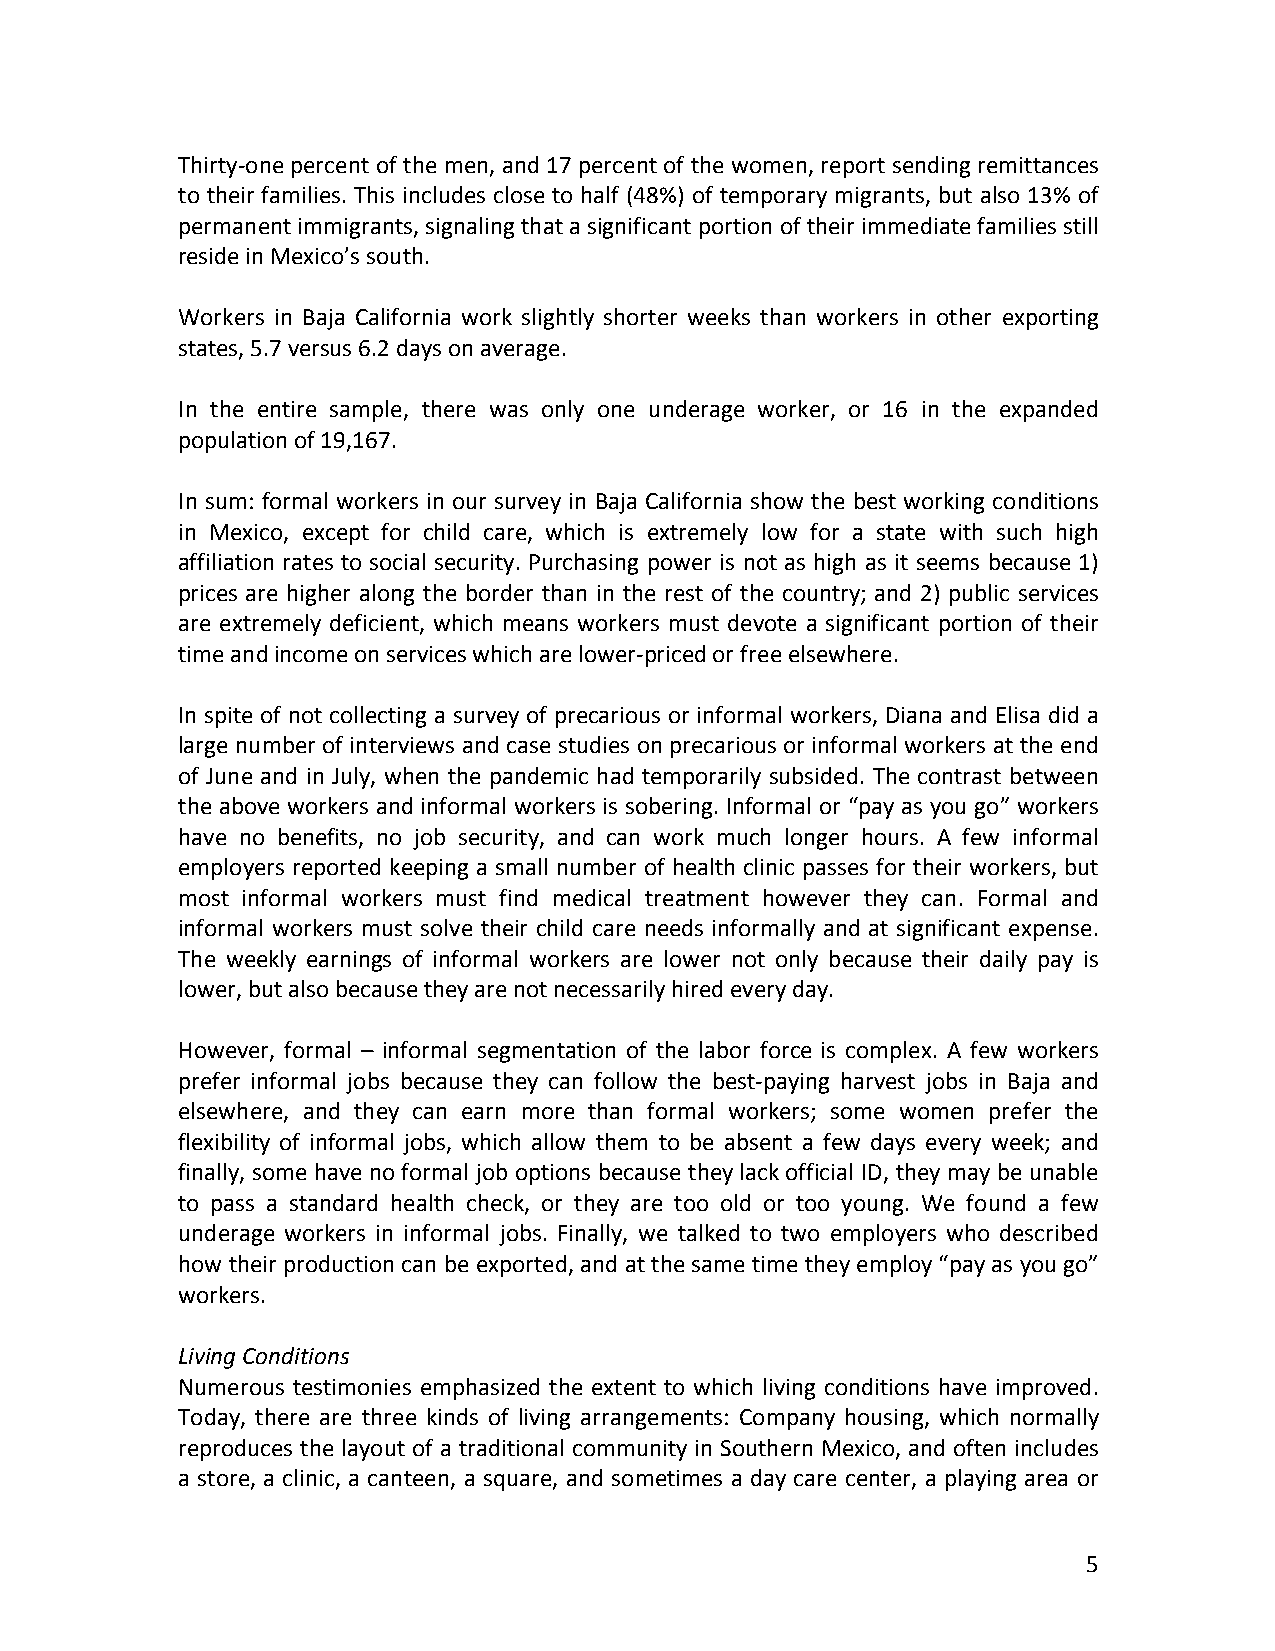
Thirty-one percent of the men, and 17 percent of the women, report sending remittances
 to their families. This includes close to half (48%) of temporary migrants, but also 13% of
 permanent immigrants, signaling that a significant portion of their immediate families still
 reside in Mexico’s south.
 Workers in Baja California work slightly shorter weeks than workers in other exporting
 states, 5.7 versus 6.2 days on average.
 In the entire sample, there was only one underage worker, or 16 in the expanded
 population of 19,167.
 In sum: formal workers in our survey in Baja California show the best working conditions
 in Mexico, except for child care, which is extremely low for a state with such high
 affiliation rates to social security. Purchasing power is not as high as it seems because 1)
 prices are higher along the border than in the rest of the country; and 2) public services
 are extremely deficient, which means workers must devote a significant portion of their
 time and income on services which are lower-priced or free elsewhere.
 In spite of not collecting a survey of precarious or informal workers, Diana and Elisa did a
 large number of interviews and case studies on precarious or informal workers at the end
 of June and in July, when the pandemic had temporarily subsided. The contrast between
 the above workers and informal workers is sobering. Informal or “pay as you go” workers
 have no benefits, no job security, and can work much longer hours. A few informal
 employers reported keeping a small number of health clinic passes for their workers, but
 most informal workers must find medical treatment however they can. Formal and
 informal workers must solve their child care needs informally and at significant expense.
 The weekly earnings of informal workers are lower not only because their daily pay is
 lower, but also because they are not necessarily hired every day.
 However, formal – informal segmentation of the labor force is complex. A few workers
 prefer informal jobs because they can follow the best-paying harvest jobs in Baja and
 elsewhere, and they can earn more than formal workers; some women prefer the
 flexibility of informal jobs, which allow them to be absent a few days every week; and
 finally, some have no formal job options because they lack official ID, they may be unable
 to pass a standard health check, or they are too old or too young. We found a few
 underage workers in informal jobs. Finally, we talked to two employers who described
 how their production can be exported, and at the same time they employ “pay as you go”
 workers.
 Living Conditions
 Numerous testimonies emphasized the extent to which living conditions have improved.
 Today, there are three kinds of living arrangements: Company housing, which normally
 reproduces the layout of a traditional community in Southern Mexico, and often includes
 a store, a clinic, a canteen, a square, and sometimes a day care center, a playing area or
 5